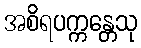
အစိရပက္ကန္တေသု